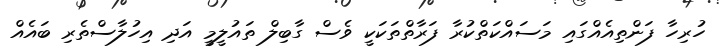
ހުރިހާ ފަންތިއެއްގައި މަސައްކަތްކުރާ ފަރާތްތަކަކީ ވެސް ގާބިލް ތައުލީމީ އަދި އިހުލާސްތެރި ބައެއް